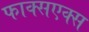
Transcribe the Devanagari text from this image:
फाक्सएक्स